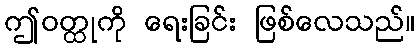
ဤဝတ္ထုကို ရေးခြင်း ဖြစ်လေသည်။